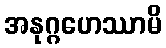
အနုဂ္ဂဟေဿာမိ